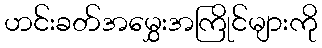
ဟင်းခတ်အမွှေးအကြိုင်များကို